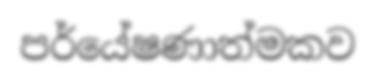
පර්යේෂණාත්මකව